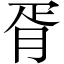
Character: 胥